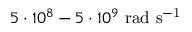
{ 5 \cdot 1 0 ^ { 8 } - 5 \cdot 1 0 ^ { 9 } \ \mathrm { r a d \ s ^ { - 1 } } }